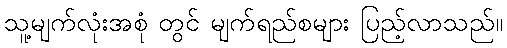
သူ့မျက်လုံးအစုံ တွင် မျက်ရည်စများ ပြည့်လာသည်။